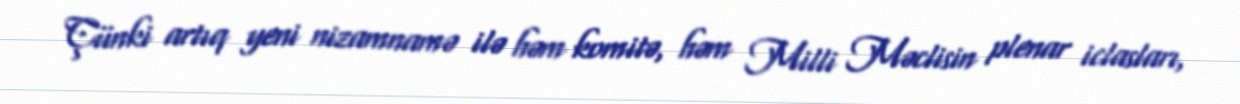
Çünki artıq yeni nizamnamə ilə həm komitə, həm Milli Məclisin plenar iclasları,